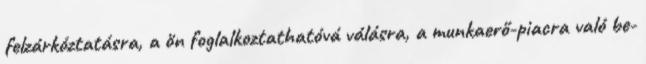
felzárkóztatásra, a ön foglalkoztathatóvá válásra, a munkaerő-piacra való be-